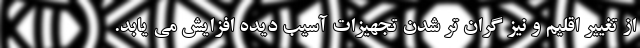
از تغییر اقلیم و نیز گران تر شدن تجهیزات آسیب دیده افزایش می یابد.